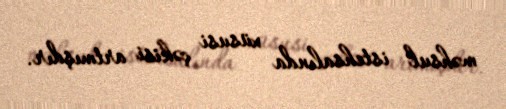
məhsul istehsalında xüsusi çəkisi artmışdır.